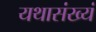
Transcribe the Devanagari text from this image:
यथासंख्यं